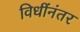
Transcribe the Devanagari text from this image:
विधींनंतर